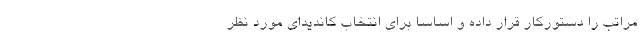
مراتب را دستورکار قرار داده و اساساً برای انتخاب کاندیدای مورد نظر